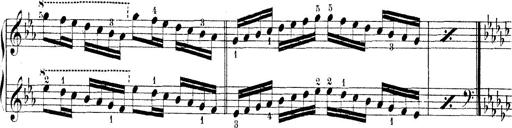
Title: Technische Studien
Composer: Franz Liszt